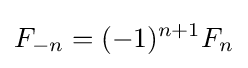
F_{-n}=(-1)^{n+1}F_{n}